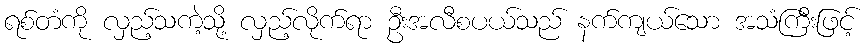
ရစ်တံကို လှည့်သကဲ့သို့ လှည့်လိုက်ရာ ဦးအလီစပယ်သည် နက်ကျယ်သော အသံကြီးဖြင့်